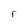
Character: r